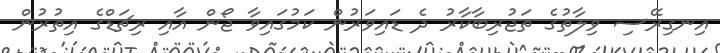
އިނގިރޭސި ވިލާތުގެ ތަޖުރިބާކާރު ދެ ޑައިވަރުން ކަމުގައިވާ ޖޯން އާއި ރިޗަޑްގެ އިތުރުން